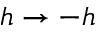
h \rightarrow - h